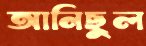
আনিছুল